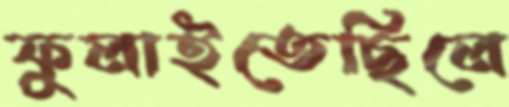
ফুলাইতেছিলে